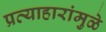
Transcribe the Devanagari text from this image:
प्रत्याहारांमुळे